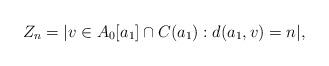
LaTeX: \begin{align*}Z_n = |v \in A_0 [a_1] \cap C (a_1) : d(a_1, v) = n|,\end{align*}